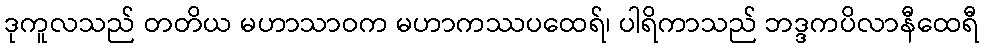
ဒုကူလသည် တတိယ မဟာသာဝက မဟာကဿပထေရ်၊ ပါရိကာသည် ဘဒ္ဒကပိလာနီထေရီ